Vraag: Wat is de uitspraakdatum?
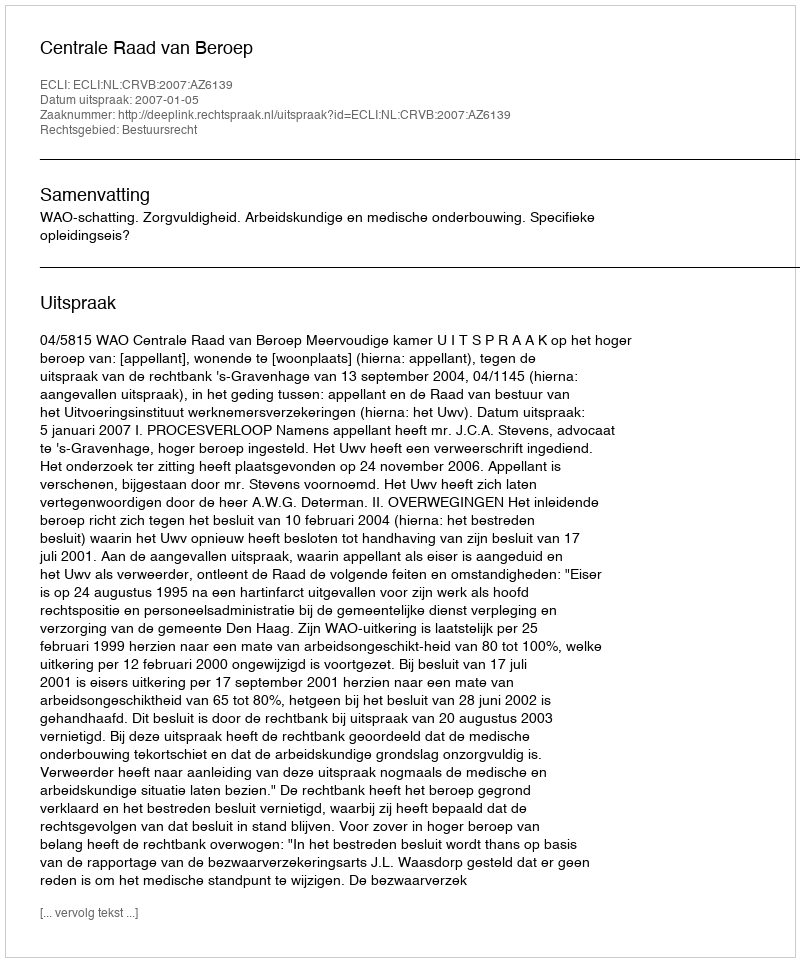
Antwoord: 2007-01-05